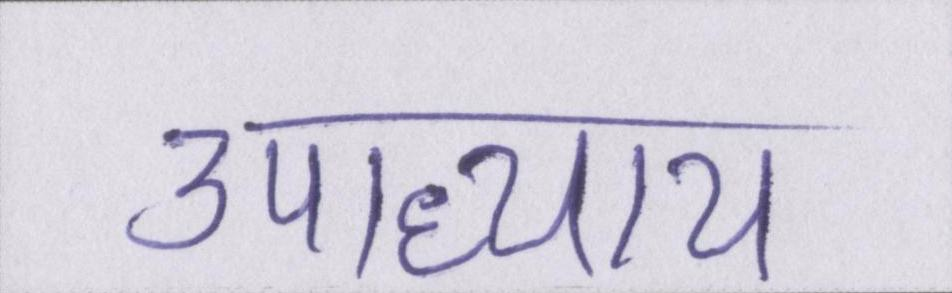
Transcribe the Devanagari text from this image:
उपाध्याय